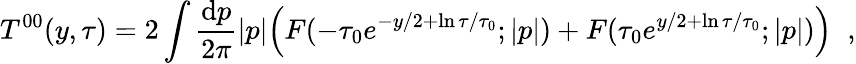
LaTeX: T^{00}(y,\tau)=2\int\frac{\mathrm{d}p}{2\pi}|p|{\displaystyle\Bigl(F(-\tau_{0}e^{-y/2+\ln\tau/\tau_{0}};|p|)+F(\tau_{0}e^{y/2+\ln\tau/\tau_{0}};|p|)\Bigr)}\; \; ,